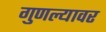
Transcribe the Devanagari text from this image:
गुणल्यावर